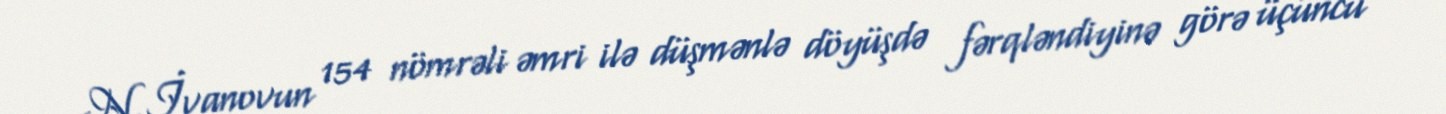
N.İvanovun 154 nömrəli əmri ilə düşmənlə döyüşdə fərqləndiyinə görə üçüncü